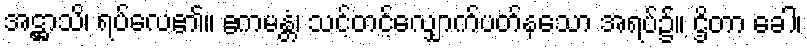
အဋ္ဌာသိ၊ ရပ်လေ၏။ ဧကမန္တံ၊ သင့်တင့်လျှောက်ပတ်နသော အရပ်၌။ ဌိတာ ခေါ၊